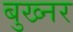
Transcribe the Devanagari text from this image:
बुख्नर